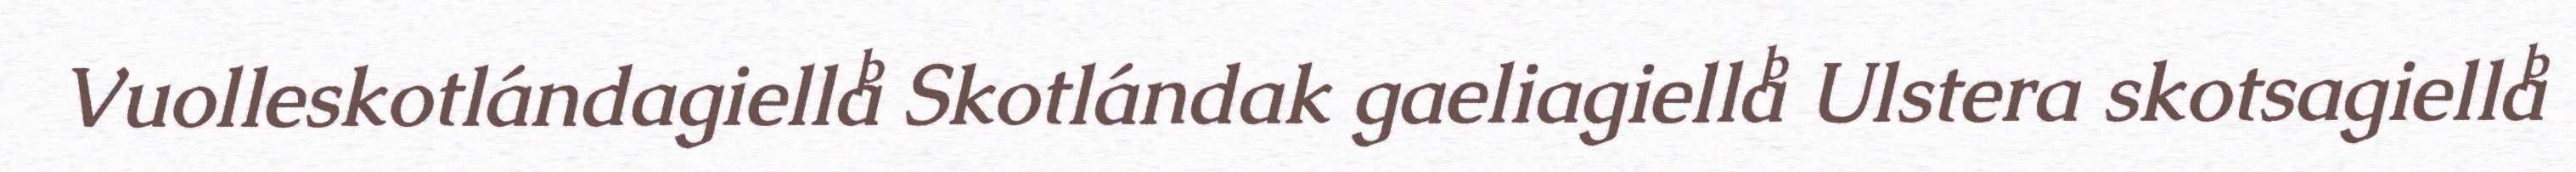
Vuolleskotlándagiella Skotlándak gaeliagiella Ulstera skotsagiella